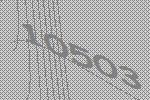
10503